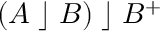
( A \; \rfloor \; B ) \; \rfloor \; B ^ { + }